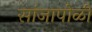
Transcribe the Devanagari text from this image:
सांजापोळी